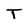
Character: T